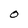
Character: O